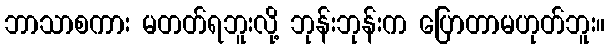
ဘာသာစကား မတတ်ရဘူးလို့ ဘုန်းဘုန်းက ပြောတာမဟုတ်ဘူး။